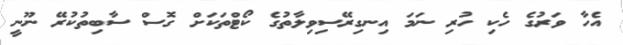
އެހާ ވަރުގެ ހެކި ހުރި ނަމަ އިނގިރޭސިވިލާތުގެ ކޯޓްތަކަށް ގޮސް ސާބިތުކުރޭ ނޫނީ